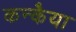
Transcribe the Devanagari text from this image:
कन्कैया